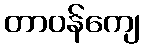
တာဝန်ကျေ